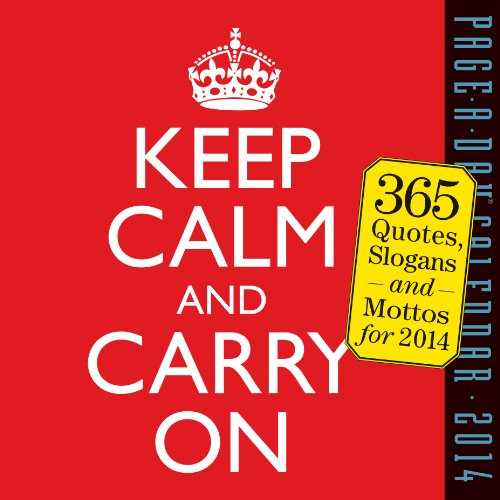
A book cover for Keep Calm and Carry On 2014 Page-A-Day Calendar; Workman Publishing; Calendars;